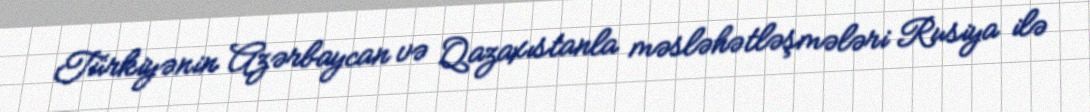
Türkiyənin Azərbaycan və Qazaxıstanla məsləhətləşmələri Rusiya ilə